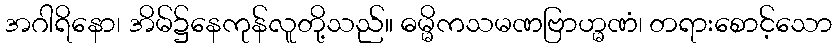
အဂါရိနော၊ အိမ်၌နေကုန်လူတို့သည်။ ဓမ္မိကသမဏဗြာဟ္မဏံ၊ တရားစောင့်သော